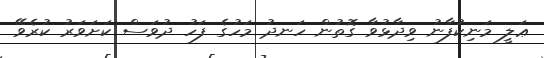
ޢަލީ މަނިކުފާނު ވިދާޅުވާ ގޮތުން ހަނދު މަހުގެ ފަހު ދުވަސް ކަށަވަރު ކުރެވޭ